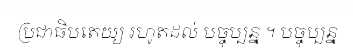
ប្រជាធិបតេយ្យ រហូតដល់ បច្ចុប្បន្ន ។ បច្ចុប្បន្ន